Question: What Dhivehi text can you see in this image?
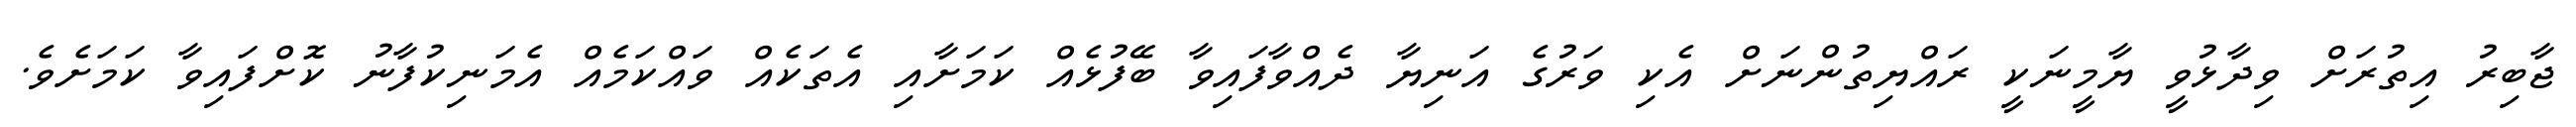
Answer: ޖާބިރު އިތުރަށް ވިދާޅުވީ ޔާމީނަކީ ރައްޔިތުންނަށް އެކި ވަރުގެ އަނިޔާ ދެއްވާފައިވާ ބޭފުޅެއް ކަމަށާއި އެތަކެއް ވައްކަމެއް އެމަނިކުފާނު ކޮށްފައިވާ ކަމަށެވެ.